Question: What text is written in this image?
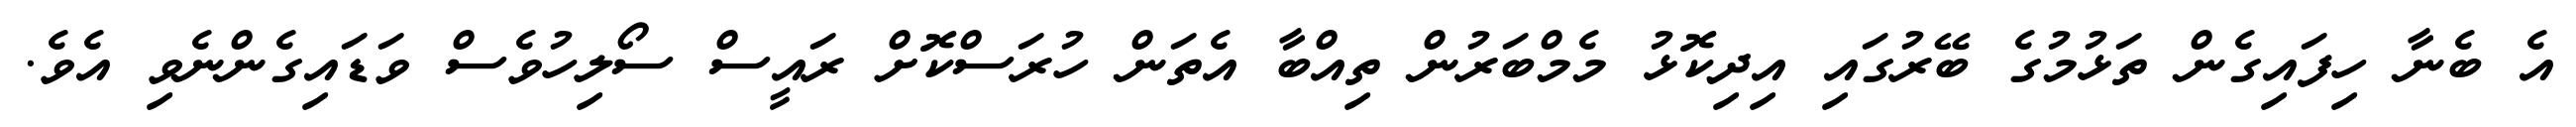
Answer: އެ ބެނާ ހިފައިގެން ތަޅުމުގެ ބޭރުގައި އިދިކޮޅު މެމްބަރުން ތިއްބާ އެތަން ހުރަސްކޮށް ރައީސް ސޯލިހުވެސް ވަޑައިގެންނެވި އެވެ.